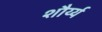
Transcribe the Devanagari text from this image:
शौर्य्य